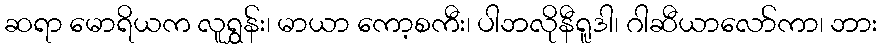
ဆရာ မောရိယက လူရွှန်း၊ မာယာ ကော့စကီး၊ ပါဘလိုနီရူဒါ၊ ဂါဆီယာလော်ကာ၊ ဘား